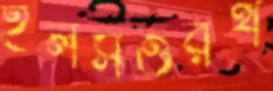
ইলসওরর্থ